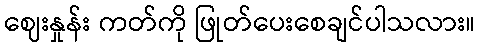
ဈေးနှုန်း ကတ်ကို ဖြုတ်ပေးစေချင်ပါသလား။